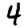
Digit: 4